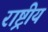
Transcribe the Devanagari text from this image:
राष्ट्रीयं